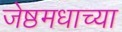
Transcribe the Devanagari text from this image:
जेष्ठमधाच्या